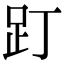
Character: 䟓